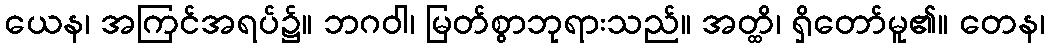
ယေန၊ အကြင်အရပ်၌။ ဘဂဝါ၊ မြတ်စွာဘုရားသည်။ အတ္ထိ၊ ရှိတော်မူ၏။ တေန၊